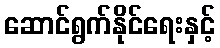
ဆောင်ရွက်နိုင်ရေးနှင့်